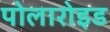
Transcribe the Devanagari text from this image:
पोलारोइड